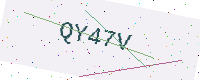
Text: QY47V